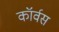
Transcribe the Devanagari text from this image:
कॉर्वस